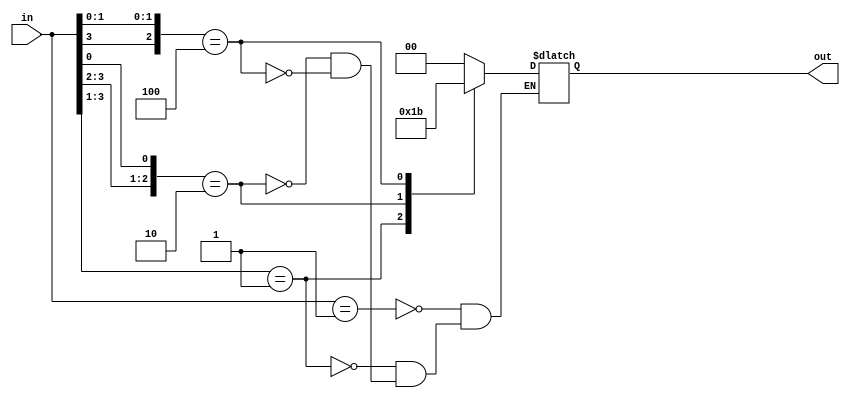
`timescale 1ns / 1ps
//////////////////////////////////////////////////////////////////////////////////
// Company: 
// Engineer: 
// 
// Design Name: 
// Module Name: pencoder4to2
// Project Name: 
// Target Devices: 
// Tool Versions: 
// Description: 
// 
// Dependencies: 
// 
// Revision:
// Revision 0.01 - File Created
// Additional Comments:
// 
//////////////////////////////////////////////////////////////////////////////////


module pencoder4to2
(
input		[3:0]	in,
output reg	[1:0]	out
);

always@(*)
	casez(in)
		4'b0001 : out = 2'b00;
		4'b001? : out = 2'b01;
		4'b01?0 : out = 2'b10;
		4'b1?00 : out = 2'b11;
	endcase

endmodule